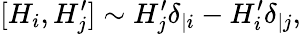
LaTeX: [H_{i},H_{j}^{\prime}]\sim H_{j}^{\prime}\delta_{|i}-H_{i}^{\prime}\delta_{|j},